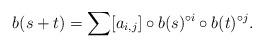
LaTeX: \begin{align*} b(s+t) = \sum [a_{i,j}] \circ b(s)^{\circ i} \circ b(t)^{\circ j}. \end{align*}